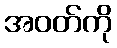
အဝတ်ကို